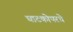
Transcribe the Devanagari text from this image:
घाटकोपरचे